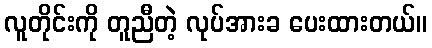
လူတိုင်းကို တူညီတဲ့ လုပ်အားခ ပေးထားတယ်။